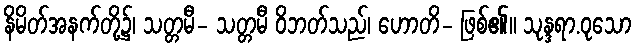
နိမိတ်အနက်တို့၌၊ သတ္တမီ- သတ္တမီ ဝိဘတ်သည်၊ ဟောတိ- ဖြစ်၏။ သုန္ဒရာ.ဝုသော